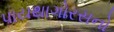
પાયથાગોરસનો